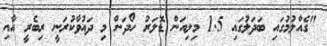
"ގެއްލުމުގައި ބަދަލުގައި 1.5 މިލިއަން ޑޮލަރު ހޯދަން މި ދައުވާކުރަނީ ރިބެރީ އާއި